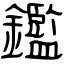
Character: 鑑